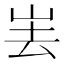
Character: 𱛔